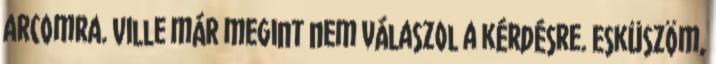
arcomra. Ville már megint nem válaszol a kérdésre. Esküszöm,